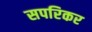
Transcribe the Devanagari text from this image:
सपरिकर